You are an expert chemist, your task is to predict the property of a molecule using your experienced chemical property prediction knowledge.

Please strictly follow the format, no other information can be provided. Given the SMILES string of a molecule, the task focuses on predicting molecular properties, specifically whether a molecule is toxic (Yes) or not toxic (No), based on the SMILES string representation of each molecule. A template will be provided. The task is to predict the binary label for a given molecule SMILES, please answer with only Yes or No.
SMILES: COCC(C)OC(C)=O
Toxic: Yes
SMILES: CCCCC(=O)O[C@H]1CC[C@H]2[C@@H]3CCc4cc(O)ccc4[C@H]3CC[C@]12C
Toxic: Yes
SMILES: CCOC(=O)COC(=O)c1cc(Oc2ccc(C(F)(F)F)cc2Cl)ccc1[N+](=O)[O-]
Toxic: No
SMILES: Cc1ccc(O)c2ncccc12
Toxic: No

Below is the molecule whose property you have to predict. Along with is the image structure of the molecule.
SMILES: Cc1c(C)c2c(c(C)c1O)CCC(C)(COc1ccc(CC3SC(=O)NC3=O)cc1)O2
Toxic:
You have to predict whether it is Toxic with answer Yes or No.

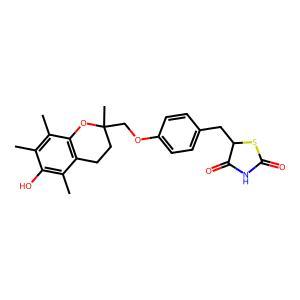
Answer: No